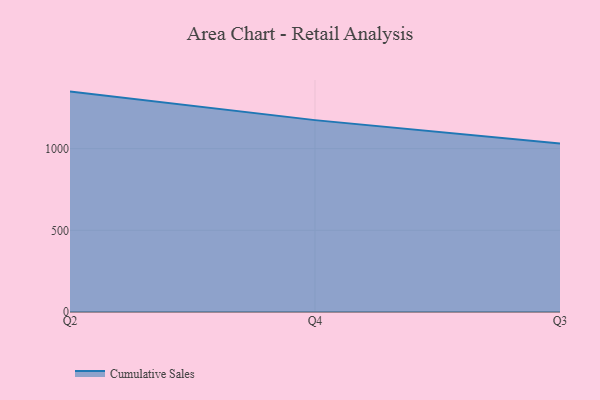
{"axis": {"x": "Quarter", "y": "Website Visitors"}, "legend": ["Cumulative Sales"], "data": [{"x": "Q2", "y": 1348.8, "type": "Cumulative Sales"}, {"x": "Q4", "y": 1174.2, "type": "Cumulative Sales"}, {"x": "Q3", "y": 1031.4, "type": "Cumulative Sales"}]}